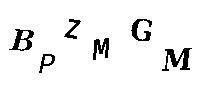
BPZMGM